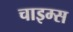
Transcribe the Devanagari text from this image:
चाइम्‍स